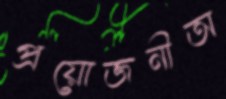
প্রয়োজনীঅ